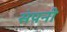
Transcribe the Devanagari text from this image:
संपनी